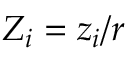
Z _ { i } = z _ { i } / r